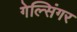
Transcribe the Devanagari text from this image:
गेल्सिंगर